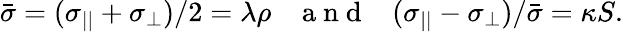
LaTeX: \begin{array}{r}{\bar{\sigma}=(\sigma_{||}+\sigma_{\bot})/2=\lambda\rho\; \; \; \mathrm{~a~n~d~}\; \; \; (\sigma_{||}-\sigma_{\bot})/\bar{\sigma}=\kappa S.}\end{array}